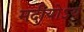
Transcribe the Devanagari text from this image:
मदीयोऽयं